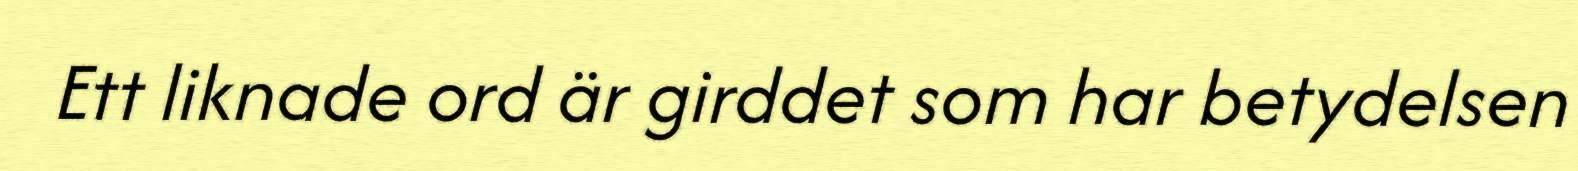
Ett liknade ord är girddet som har betydelsen